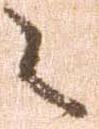
々